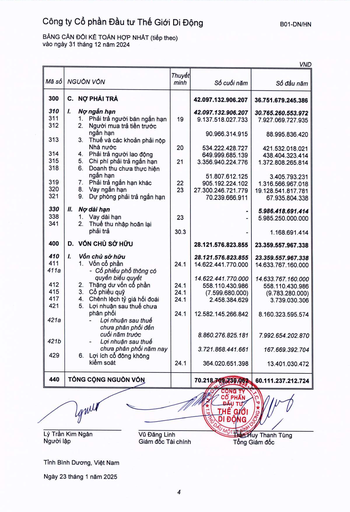
|Mã số|NGUỒN VỐN|Thuyết minh|Số cuối năm|Số đầu năm| |---|---|---|---|---| |300|C. NỢ PHẢI TRẢ||42097132906207|36751679245386| |310|I. Nợ ngắn hạn||42097132906207|30765260553972| |311|1. Phải trả người bán ngắn hạn|19|9137518027733|7927069727935| |312|2. Người mua trả tiền trước ngắn hạn||90966314915|88995836420| |313|3. Thuế và các khoản phải nộp Nhà nước|20|534222428727|421532018021| |314|4. Phải trả người lao động||649999685139|438404323414| |315|5. Chi phí phải trả ngắn hạn|21|3356940224776|1372808265814| |318|6. Doanh thu chưa thực hiện ngắn hạn||51807612125|3405793231| |319|7. Phải trả ngắn hạn khác|22|905192224102|1316566967018| |320|8. Vay ngắn hạn|23|27300246721779|19128541817781| |321|9. Dự phòng phải trả ngắn hạn||70239666911|67935804338| |330|II. Nợ dài hạn|||5986418691414| |338|1. Vay dài hạn|23||5985250000000| |341|2. Thuế thu nhập hoãn lại phải trả|30,3||1168691414| |400|D. VỐN CHỦ SỞ HỮU||28121576823855|23359557967338| |410|I. Vốn chủ sở hữu||28121576823855|23359557967338| |411|1. Vốn cổ phần|24.1|14622441770000|14633767160000| |411a|Cổ phiếu phổ thông có quyền biểu quyết||14622441770000|14633767160000| |412|2. Thặng dư vốn cổ phần|24.1|558110430986|558110430986| |415|3. Cổ phiếu quỹ|24.1|-7599680000|-9783280000| |417|4. Chênh lệch tỷ giá hối đoái|24.1|2458384629|3739030306| |421|5. Lợi nhuận sau thuế chưa phân phối|24.1|12582145266842|8160323595574| |421a|Lợi nhuận sau thuế chưa phân phối đến cuối năm trước||8860276825181|7992654202870| |421b|Lợi nhuận sau thuế chưa phân phối năm nay||3721868441661|167669392704| |429|6. Lợi ích cổ đông không kiểm soát|24.1|364020651398|13401030472| |440|TỔNG CỘNG NGUỒN VỐN||70218709730062|60111237212724|